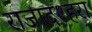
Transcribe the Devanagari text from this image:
राजादश्हरा